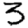
Digit: 3